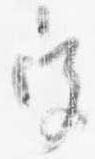
宮